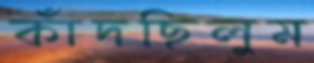
কাঁদছিলুম